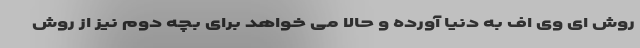
روش ای وی اف به دنیا آورده و حالا می خواهد برای بچه دوم نیز از روش